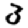
Digit: 3